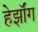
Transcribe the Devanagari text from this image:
हेर्झॉग